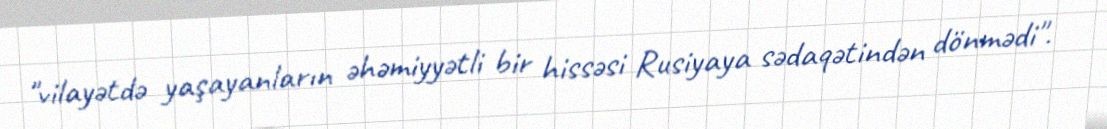
"vilayətdə yaşayanların əhəmiyyətli bir hissəsi Rusiyaya sədaqətindən dönmədi".